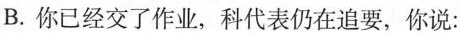
B. 你已经交了作业，科代表仍在追要，你说：